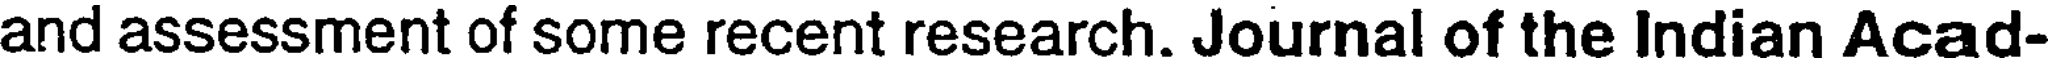
and assessment of some recent research. Journal of the Indian Acad-